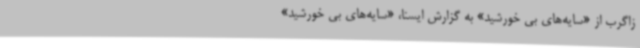
زاگرب از «سایه‌های بی خورشید» به گزارش ایسنا، «سایه‌های بی خورشید»